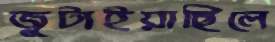
জুটাইয়াছিলে